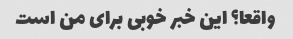
واقعا؟ این خبر خوبی برای من است